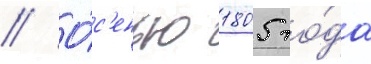
// О́с'енью 1805 го́да